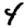
Digit: 4